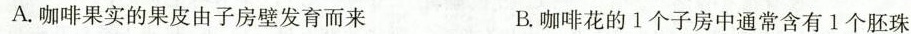
A.咖啡果实的果皮由子房壁发育而来 B.咖啡花的1个子房中通常含有1个胚珠